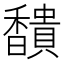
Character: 𩡞